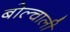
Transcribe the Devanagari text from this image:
बोल्चाली